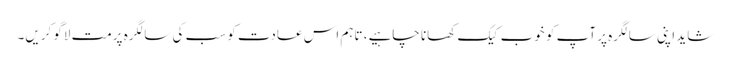
شاید اپنی سالگرہ پر آپ کو خوب کیک کھانا چاہیے، تاہم اس عادت کو سب کی سالگرہ پرمت لاگو کریں۔